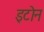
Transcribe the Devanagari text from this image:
इटोन